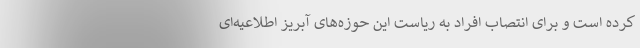
کرده است و برای انتصاب افراد به ریاست این حوزه‌های آبریز اطلاعیه‌ای